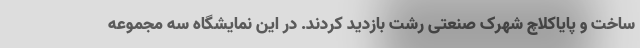
ساخت و پایاکلاچ شهرک صنعتی رشت بازدید کردند. در این نمایشگاه سه مجموعه